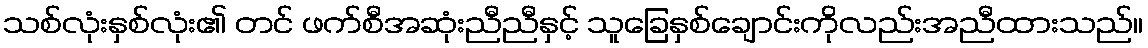
သစ်လုံးနှစ်လုံး၏ တင် ဖက်စီအဆုံးညီညီနှင့် သူခြေနှစ်ချောင်းကိုလည်းအညီထားသည်။